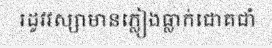
រដូវវស្សាមានភ្លៀងធ្លាក់ជោគជាំ